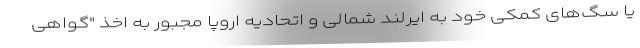
یا سگ‌های کمکی خود به ایرلند شمالی و اتحادیه اروپا مجبور به اخذ "گواهی